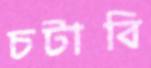
চটাবি